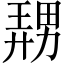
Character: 𪟤